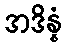
အဒိန္နံ